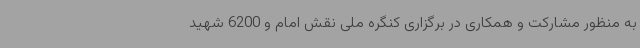
به منظور مشارکت و همکاری در برگزاری کنگره ملی نقش امام و 6200 شهید